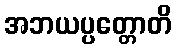
အဘယပ္ပတ္တောတိ